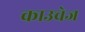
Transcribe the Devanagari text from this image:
काउचेज